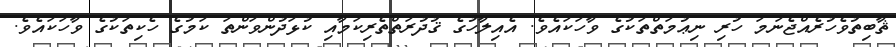
ޘާބިތުވެހުރެއްޖެނަމަ ހުރި ނިޢުމަތްތަކުގެ ވާހަކައެވެ. އެއިލާހުގެ ޤުދުރަތްތެރިކަމާއި ކުޅަދުންވަންތަ ކަމުގެ ހެކިތަކުގެ ވާހަކައެވެ.